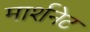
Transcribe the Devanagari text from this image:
मार्शनेट